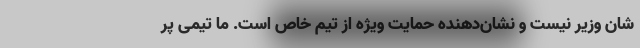
شان وزیر نیست و نشان‌دهنده حمایت ویژه از تیم خاص است. ما تیمی پر